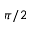
\pi / 2